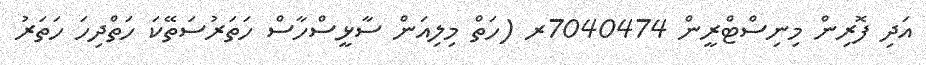
އަދި ފޮރިން މިނިސްޓްރީން 7040474ރ (ހަތް މިލިއަން ސާޅީސްހާސް ހަތަރުސަތޭކަ ހަތްދިހަ ހަތަރު